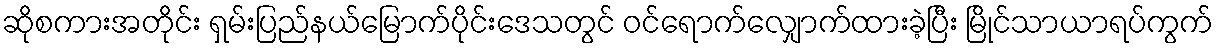
ဆိုစကားအတိုင်း ရှမ်းပြည်နယ်မြောက်ပိုင်းဒေသတွင် ဝင်ရောက်လျှောက်ထားခဲ့ပြီး မြိုင်သာယာရပ်ကွက်